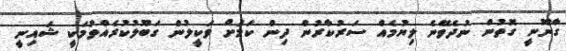
ގާނޫނީ ގޮތުން ނުދެވޭނެ ލިޔުމެއް ސަރުކާރުން ދިން ކަމަށް ވަކީލުން ގަބޫލުކުރެއްވުމަކީ ޝައިނީ